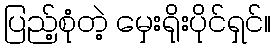
ပြည့်စုံတဲ့ မှေးရိုးပိုင်ရှင်။